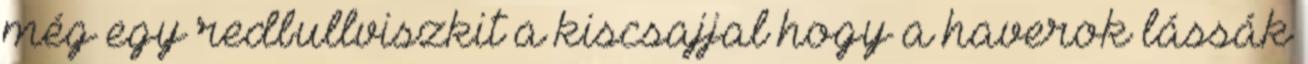
még egy redbullviszkit a kiscsajjal hogy a haverok lássák